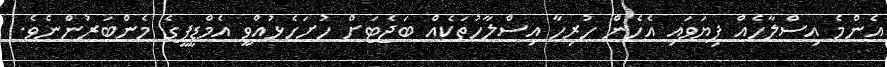
އެންމެ އިސްލާހެއް ފިޔަވައި އެހެން ހުރިހާ އިސްލާހުތަކެއް ބަޖެޓަށް ހުށަހެޅުއްވީ އެމްޑީޕީގެ މެންބަރުންނެވެ.